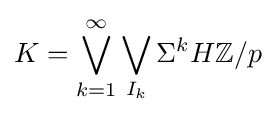
K=\bigvee _{k=1}^{\infty }\bigvee _{I_{k}}\Sigma ^{k}H\mathbb {Z} /p